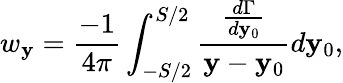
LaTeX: w_{\mathbf{y}}=\frac{{-1}}{{4\pi}}\int_{-S/2}^{S/2}\frac{{\frac{{d\Gamma}}{{d\mathbf{y}_{0}}}}}{{\mathbf{y}-\mathbf{y}_{0}}}{d\mathbf{y}_{0}},